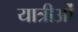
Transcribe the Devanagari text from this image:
यात्रीओं